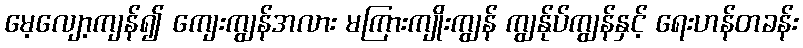
မေ့လျော့ကျန်၍ ကျေးကျွန်အလား မကြားကျိုးကျွန် ကျွန်ုပ်ကျွန်နှင့် ရေးဟန်တခန်း